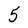
Character: 5